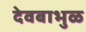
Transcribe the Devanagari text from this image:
देवबाभुळ